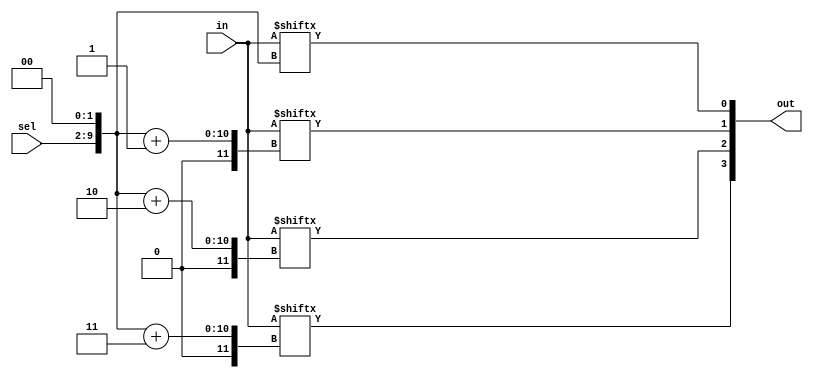
module top_module( 
    input [1023:0] in,
    input [7:0] sel,
    output [3:0] out );

    wire [9:0] sel4 = sel << 2;
    assign out = {in[sel4+3], in[sel4+2], in[sel4+1],in[sel4]};
endmodule